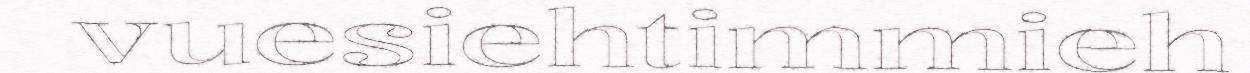
vuesiehtimmieh